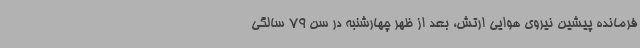
فرمانده پیشین نیروی هوایی ارتش، بعد از ظهر چهارشنبه در سن 79 سالگی